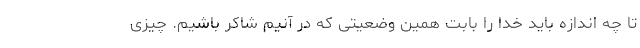
تا چه اندازه باید خدا را بابت همین وضعیتی که در آنیم شاکر باشیم. چیزی